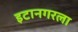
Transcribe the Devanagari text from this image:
इटानगरला